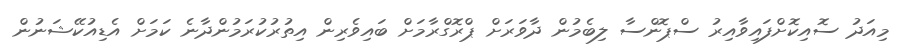
މިއަދު ސޮއިކޮށްފައިވާއިރު ސްޕޮންސާ ލިބެމުން ދާވަރަށް ޕްރޮގްރާމަށް ބައިވެރިން އިތުރުކުރަމުންދާނެ ކަމަށް އެޑިއުކޭޝަނުން